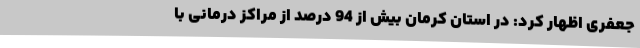
جعفری اظهار کرد: در استان کرمان بیش از 94 درصد از مراکز درمانی با